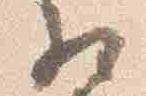
相